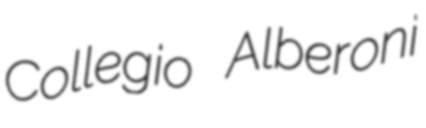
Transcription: Collegio Alberoni